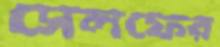
সেলফের